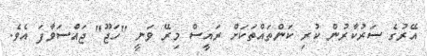
އޭރުގެ ސަރުކާރުން ކުރި ކަންތައްތަކަށް ރައީސް މިރޭ ވަނީ "ހަޖޫ" ޖައްސަވާފަ އެވެ.